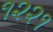
૧૨૨૧